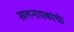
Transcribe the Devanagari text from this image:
खलनायकांची